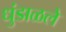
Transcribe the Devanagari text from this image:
धुंडाळले